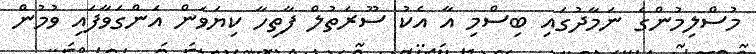
މުސްލިމުންގެ ނަމާދުގައި ބިސްމި އާ އެކު ސޫރަތުލް ފާތިހާ ކިޔަވަން އަންގަވާފައި ވުމުން